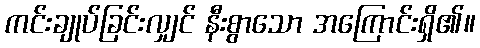
ကင်းချုပ်ခြင်းလျှင် နီးစွာသော အကြောင်းရှိ၏။